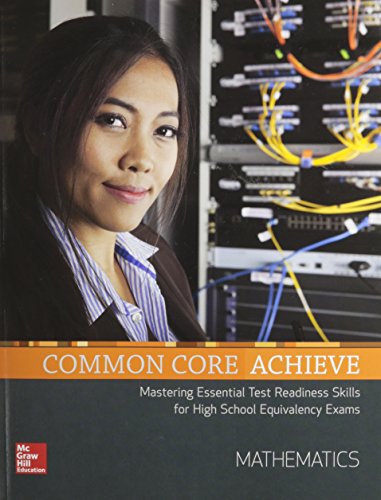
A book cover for Common Core Achieve, Mathematics Subject Module (CCSS FOR ADULT ED); Contemporary; Education & Teaching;